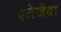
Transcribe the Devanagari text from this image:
एलेजेंद्रा